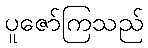
ပူဇော်ကြသည်